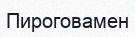
Пироговамен